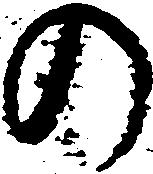
の